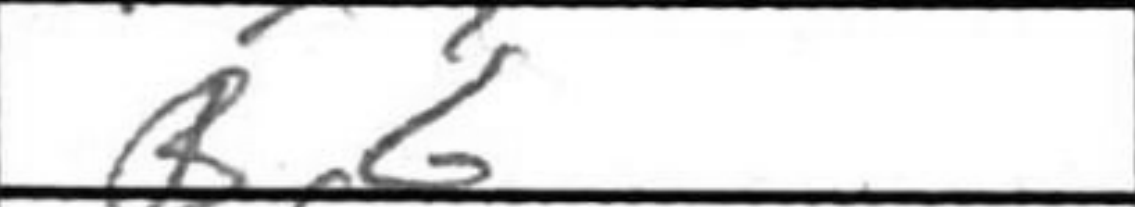
Transcription: B6